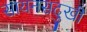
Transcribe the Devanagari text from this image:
सायनसदुखी